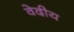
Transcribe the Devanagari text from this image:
वेदीय